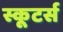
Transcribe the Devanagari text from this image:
स्कूटर्स